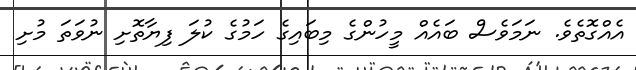
އެއްގޮތެވެ. ނަމަވެސް ބައެއް މީހުންގެ މިބައިގެ ހަމުގެ ކުލަ ފިޔާތޮށި ނުވަތަ މުށި